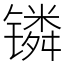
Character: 𬭸